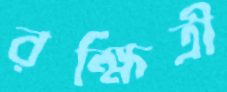
রক্ষিত্রী